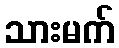
သားမက်